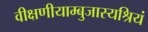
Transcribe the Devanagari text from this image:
वीक्षणीयाम्बुजास्यश्रियं